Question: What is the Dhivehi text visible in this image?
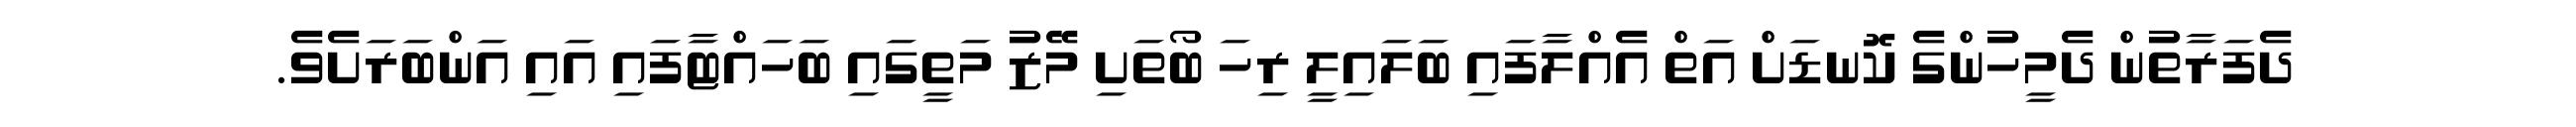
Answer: ދެފަރާތުން ދެމީހުންގެ ކޮނޑަށް އަތް އެއްލާފައި ބަލައިލީ ރިހަ ބޯތަށި މޭޒު މަތީގައި ބަހައްޓާފައި އައި އަންބަރަށެވެ.